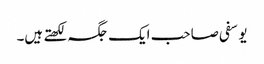
یوسفی صاحب ایک جگہ لکھتے ہیں۔